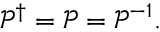
\begin{array} { r } { \mathcal { P } ^ { \dag } = \mathcal { P } = \mathcal { P } ^ { - 1 } . } \end{array}